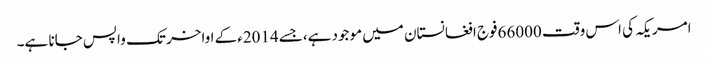
امریکہ کی اس وقت 66000فوج افغانستان میں موجود ہے،جسے 2014ءکے اواخر تک واپس جانا ہے۔